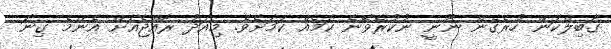
ގާބިލްކަން ހުރެގެން ނޫނީ ނުކުރެވޭނެ ކަމެއް ކަމަށެވެ. މިއަދު ރާއްޖެއަށް އެންމެ ގިނަ